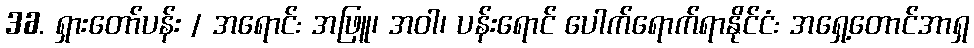
36. ရှားတော်ပန်း / အရောင်: အဖြူ၊ အဝါ၊ ပန်းရောင် ပေါက်ရောက်ရာနိုင်ငံ: အရှေ့တောင်အာရှ